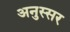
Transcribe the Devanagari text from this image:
अनुस्सर